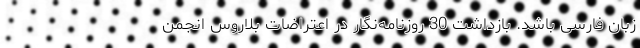
زبان فارسی باشد. بازداشت 30 روزنامه‌نگار در اعتراضات بلاروس انجمن